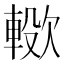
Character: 𣤖